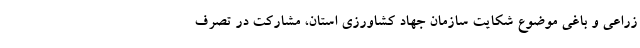
زراعی و باغی موضوع شکایت سازمان جهاد کشاورزی استان، مشارکت در تصرف